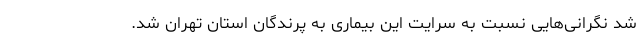
شد نگرانی‌هایی نسبت به سرایت این بیماری به پرندگان استان تهران شد.